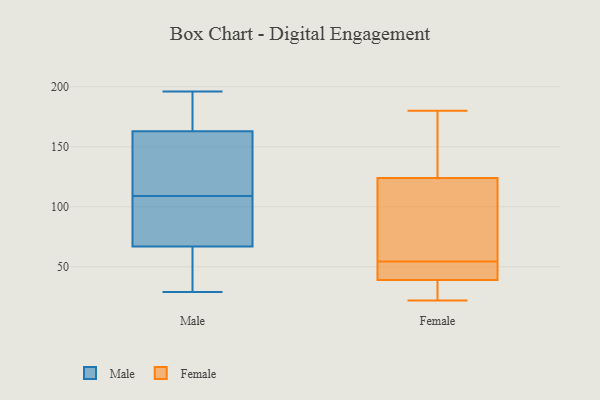
{"axis": {"x": "Shipments", "y": "Value"}, "legend": ["Female", "Male"], "data": [{"x": "", "y": 87, "type": "Male"}, {"x": "", "y": 34, "type": "Male"}, {"x": "", "y": 76, "type": "Male"}, {"x": "", "y": 120, "type": "Male"}, {"x": "", "y": 39, "type": "Male"}, {"x": "", "y": 29, "type": "Male"}, {"x": "", "y": 196, "type": "Male"}, {"x": "", "y": 98, "type": "Male"}, {"x": "", "y": 162, "type": "Male"}, {"x": "", "y": 163, "type": "Male"}, {"x": "", "y": 173, "type": "Male"}, {"x": "", "y": 149, "type": "Male"}, {"x": "", "y": 67, "type": "Male"}, {"x": "", "y": 187, "type": "Male"}, {"x": "", "y": 31, "type": "Female"}, {"x": "", "y": 116, "type": "Female"}, {"x": "", "y": 44, "type": "Female"}, {"x": "", "y": 124, "type": "Female"}, {"x": "", "y": 39, "type": "Female"}, {"x": "", "y": 180, "type": "Female"}, {"x": "", "y": 151, "type": "Female"}, {"x": "", "y": 54, "type": "Female"}, {"x": "", "y": 22, "type": "Female"}, {"x": "", "y": 55, "type": "Female"}]}